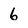
Character: 6